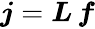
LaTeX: \begin{array}{r}{\boldsymbol{j}=\boldsymbol{L}\, \boldsymbol{f}}\end{array}